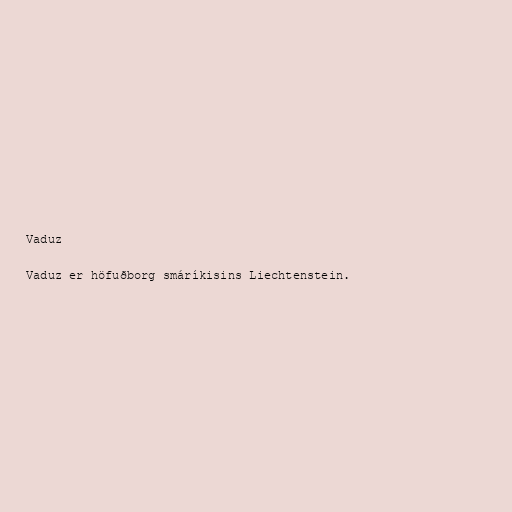
Vaduz

Vaduz er höfuðborg smáríkisins Liechtenstein.